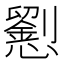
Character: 𢤐